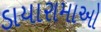
ડાયારામાઓ